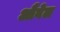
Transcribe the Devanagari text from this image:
औवेल